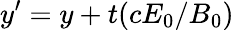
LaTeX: y^{\prime}=y+t(cE_{0}/B_{0})